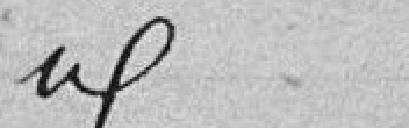
idem